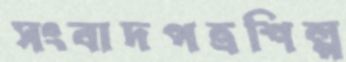
সংবাদপত্রশিল্প